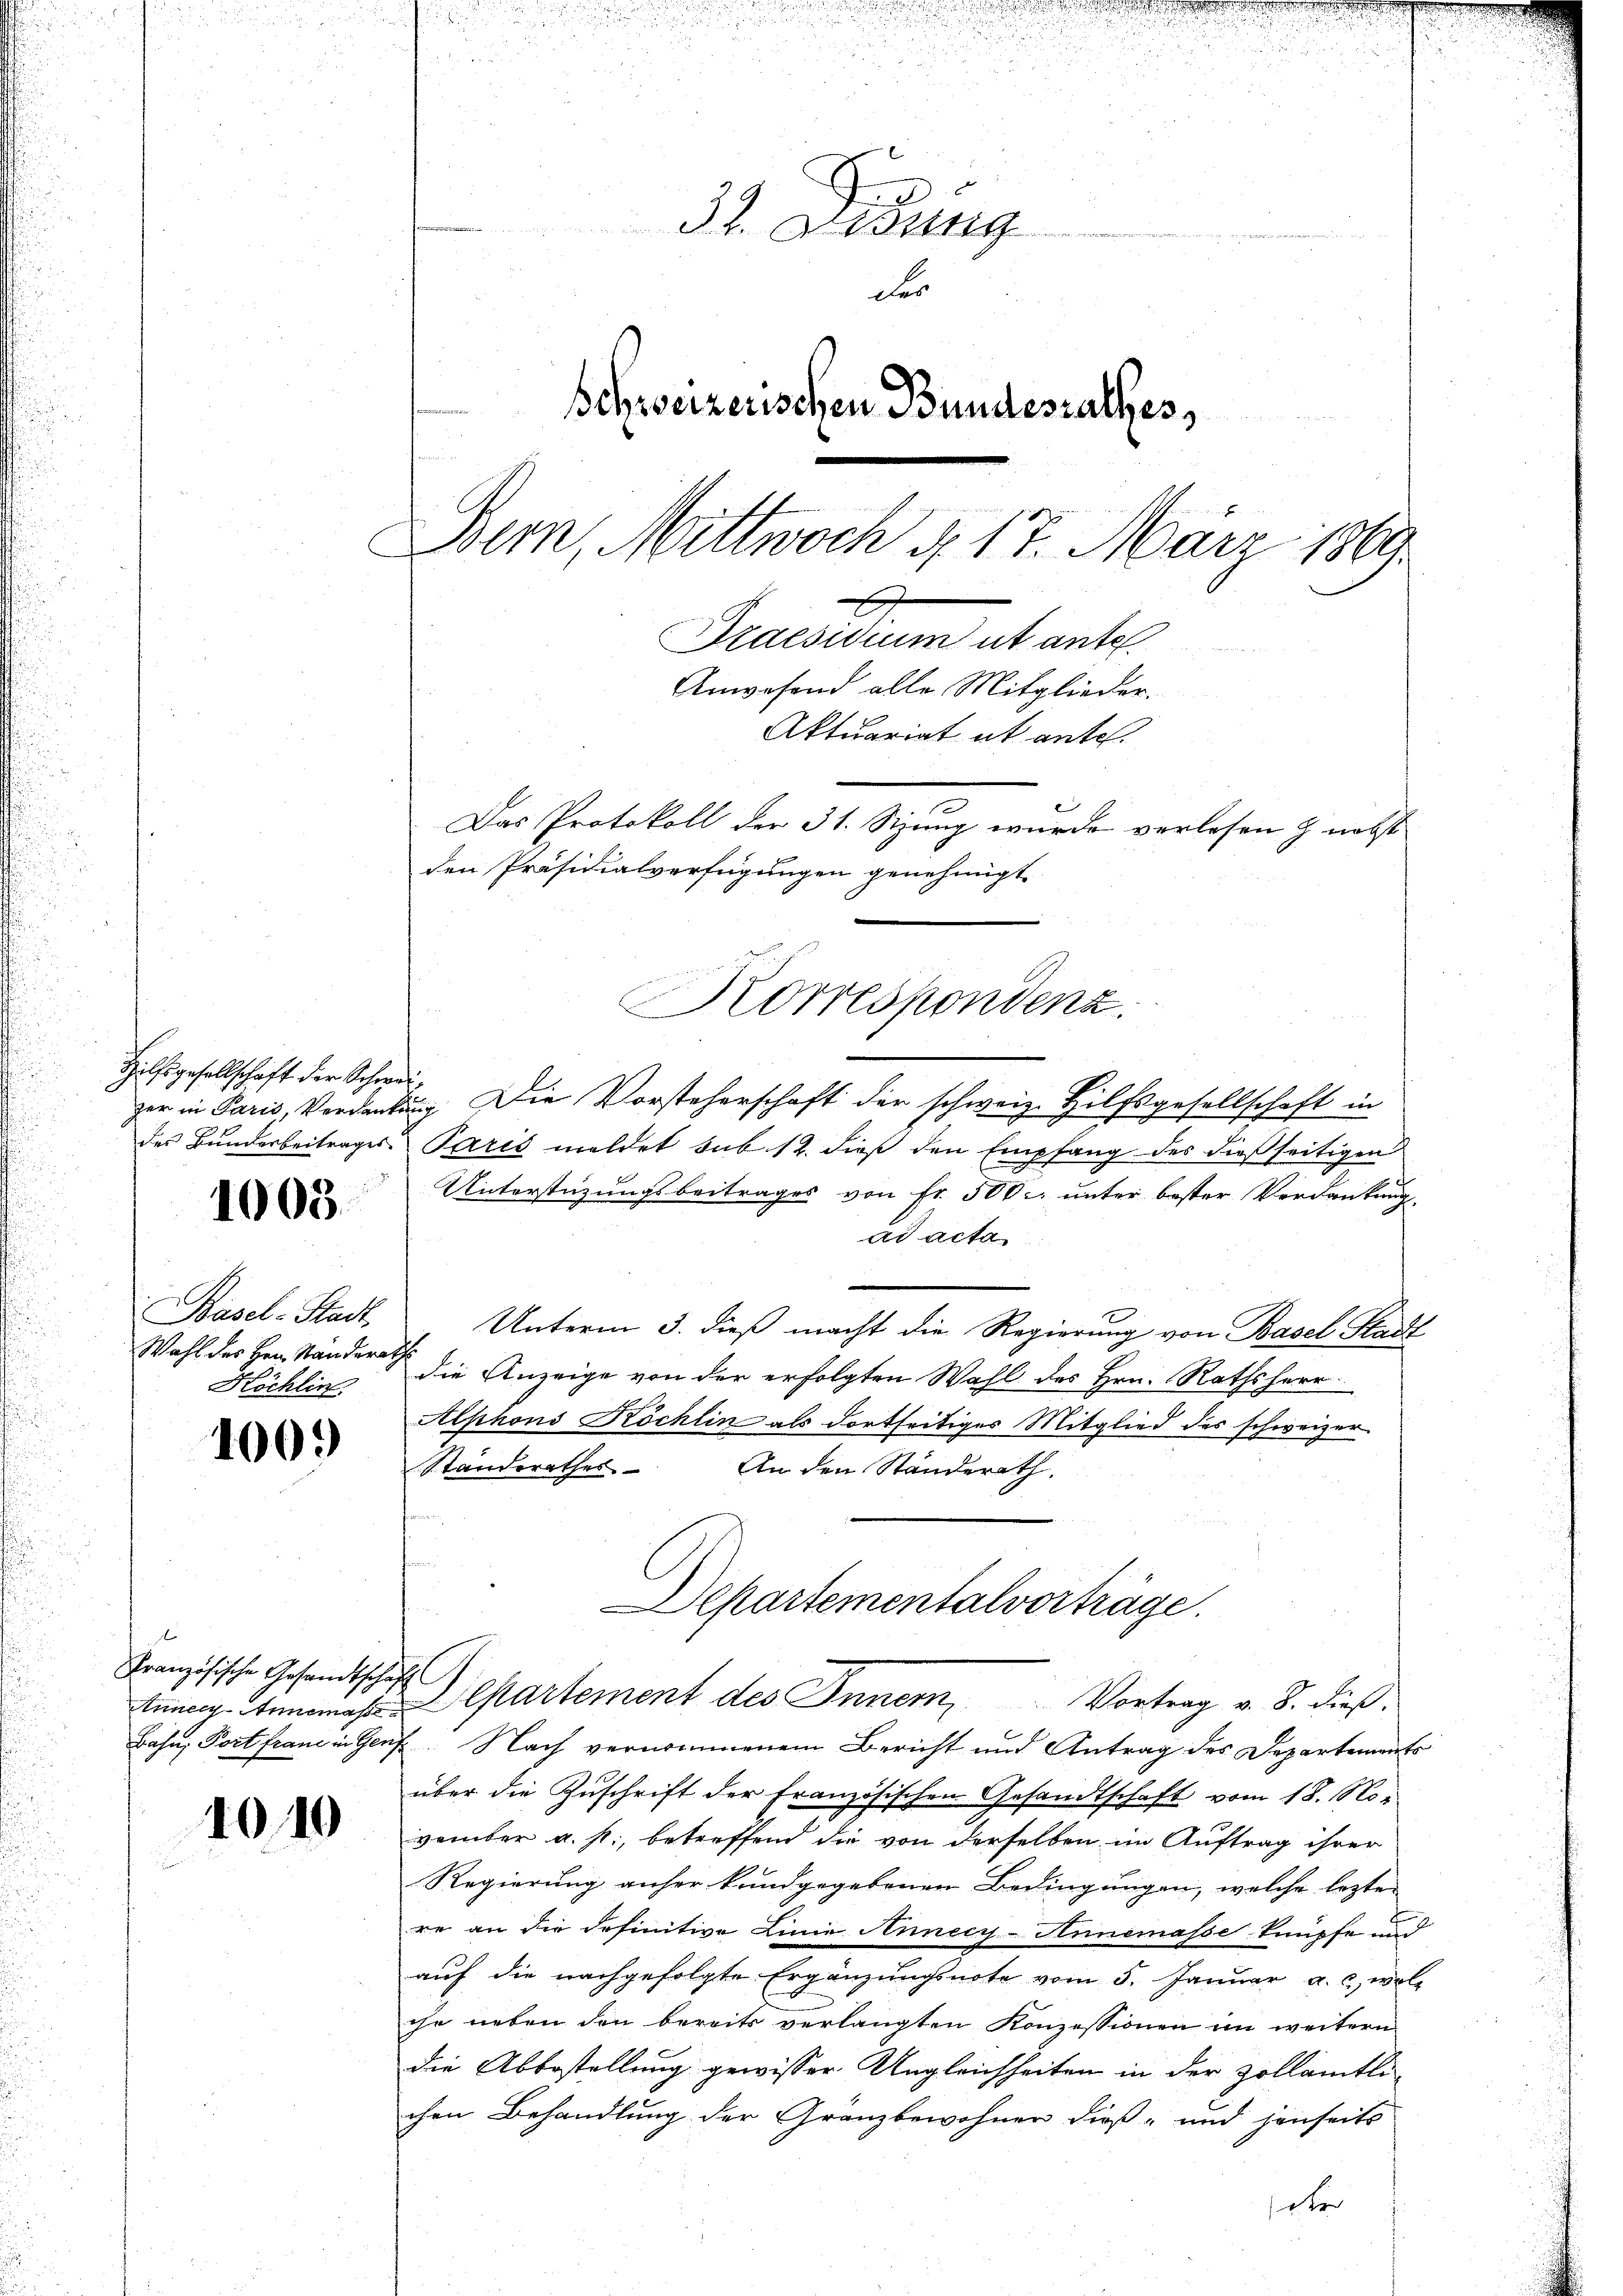
Hilfsgesellschaft der Schweides Bundesbeitrages

1005.

Basel-Stadt
Wahl des Hrn. Standerar
Köchlin

1009

Französische Gesandtschaf
Anner Annemasse

1010

37. Lesung
der
Schweizerischen Bundesrathes,
Bern, Mittwoch d. 17. März 1869.
x
Praesidium ut ante.
Anwesend alle Mitglieder.
Aktuariat it entel.
Das Protokoll der 31. Sizung wurde verlesen & nebst
den Präsidialverfügungen genehmigt.

Korrespondenz.

ger in Paris, Verdankung. Die Vorsteherschaft der schweiz. Hilfsgesellschaft in
Paris meldet sub 12. dieß den Empfang des dießseitigen
Unterstüzungsbeitrages von Fr. 500. unter bester Verdankung
ad acta
Unterm 3. dieß macht die Regierung von Basel Stadt
d
die Anzeige von der erfolgten Wahl des Hrn. Rathsherr
Alphons Köchlin als dortseitiges Mitglied des schweizer
Standerathes An den Ständerath,
Departementalvorträge.
l
Departement des Inner, Vortrag v. 8. dieß¬
Bahn; Port franz in Genf. Nach vernommenem Bericht und Antrag des Departements
über die Zuschrift der Französischen Gesandtschaft vom 18. November a. p., betreffend die von derselben im Auftrag ihrer
Regierung anher kundgegebenen Bedingungen, welche lezten
re an die definitive Linie Annecy-Annemasse knüpfe und
aŭf die nachgefolgte Ergänzungsnote vom 5. Januar a. c. woll
che neben den bereits verlangten Konzessionen im weitern
die Abbestellung gewisser Ungleichheiten in der zollamtli-
chen Behandlung der Gränzbewohner dieß- und jenseits
seten